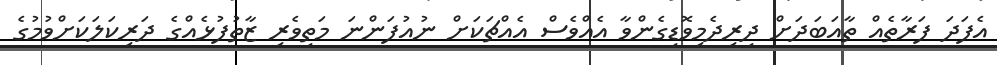
އެފަދަ ފަރާތެއް ތާއަބަދަށް ދިރިދެމިވޮޑިގެންވާ އެއްވެސް އެއްޗަކަށް ނުއުފަންނަ މަތިވެރި ޒާތުފުޅެއްގެ ދަރިކަލަކަށްވުމުގެ